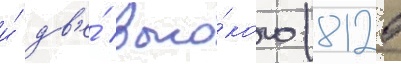
и́ дв'е́ высо́кого (8125